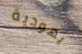
يهودية